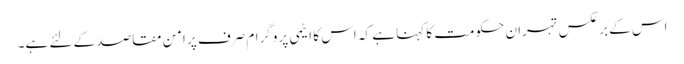
اس کے برعکس تہران حکومت کا کہنا ہے کہ اس کا ایٹمی پروگرام صرف پر امن مقاصد کے لئے ہے۔